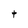
Character: t